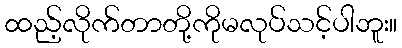
ထည့်လိုက်တာတို့ကိုမလုပ်သင့်ပါဘူး။